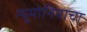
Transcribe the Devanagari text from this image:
न्यूमोनियाचा